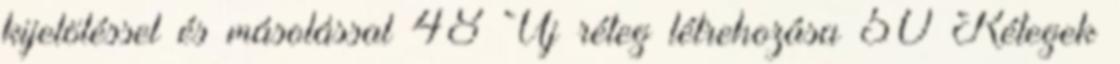
kijelöléssel és másolással 48 Új réteg létrehozása 50 Rétegek